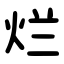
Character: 烂